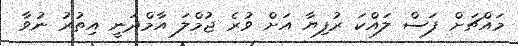
މައްޗަށް ފަސް ލައްކަ ރުފިޔާ އަށް ވުރެ ޖުމްލަ އާމްދަނީ އިތުރު ނުވާ